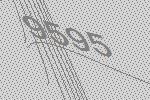
9595